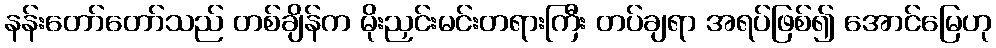
နန်းတော်တော်သည် တစ်ချိန်က မိုးညှင်းမင်းတရားကြီး တပ်ချရာ အရပ်ဖြစ်၍ အောင်မြေဟု